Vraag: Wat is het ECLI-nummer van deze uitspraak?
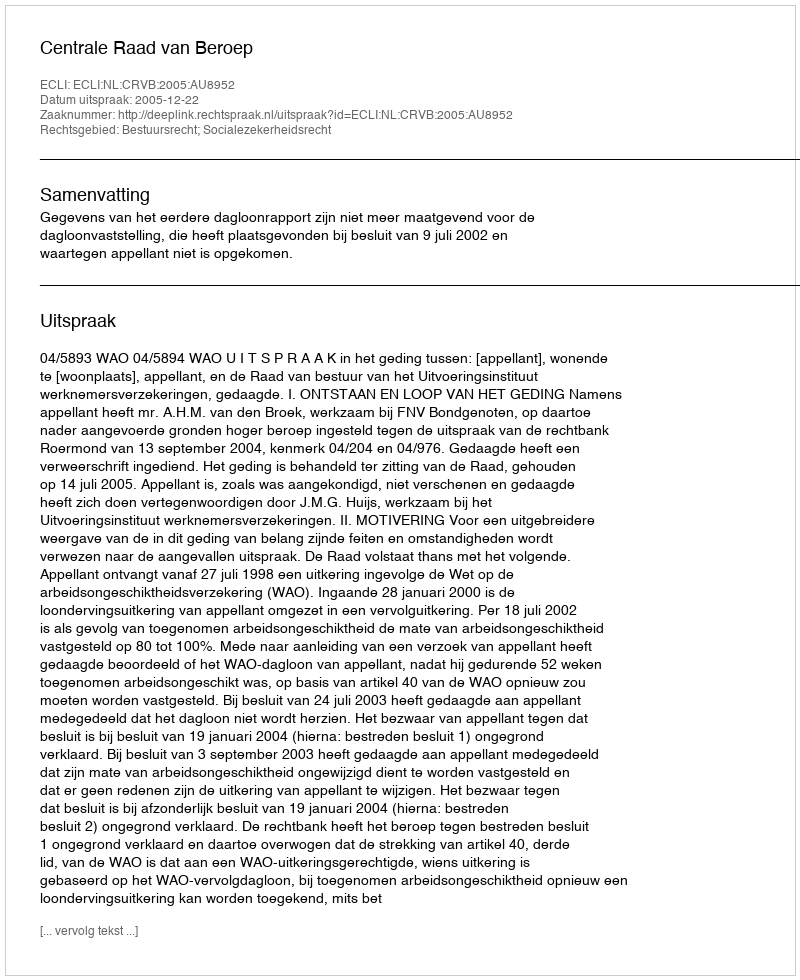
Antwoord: ECLI:NL:CRVB:2005:AU8952